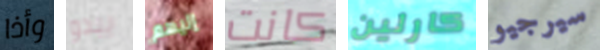
وأذا يبدو إليهم كانت كارلين سيرجيو